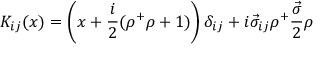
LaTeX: K _ { i j } ( x ) = \left( x + \frac { i } { 2 } ( \rho ^ { + } \rho + 1 ) \right) \delta _ { i j } + i \vec { \sigma } _ { i j } \rho ^ { + } \frac { \vec { \sigma } } { 2 } \rho